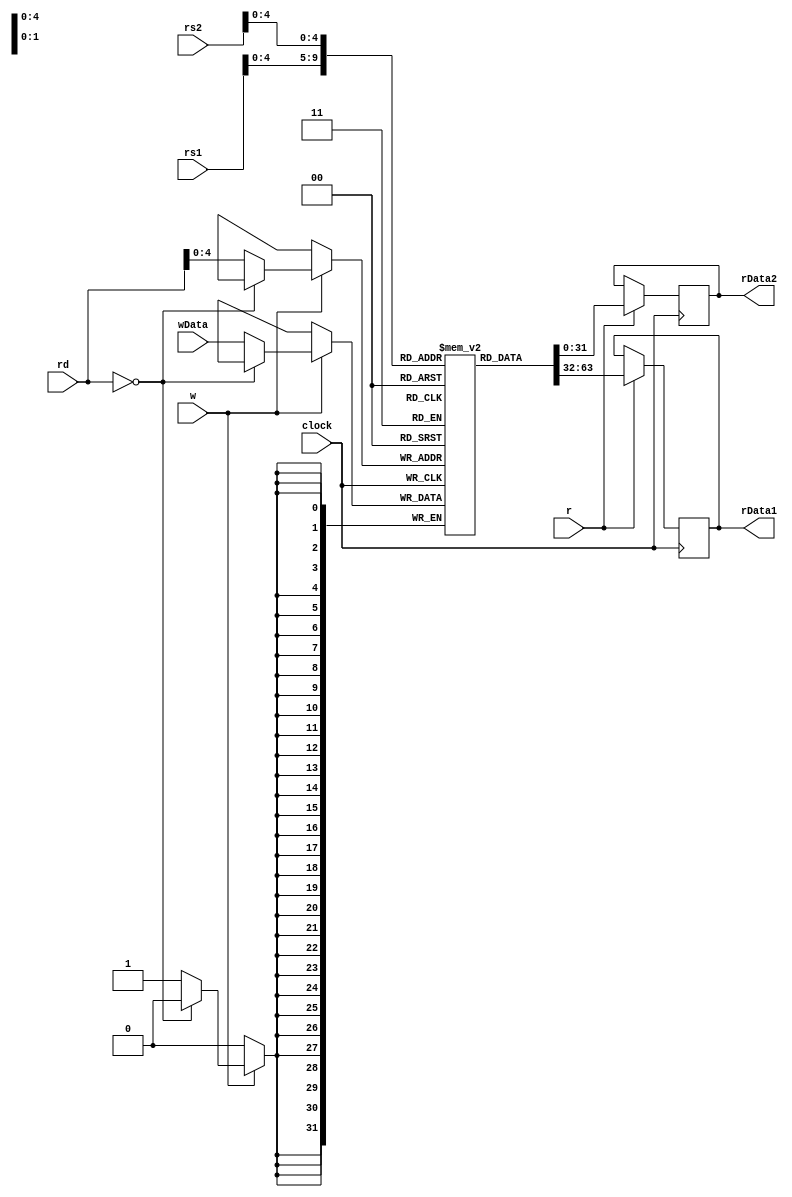
`timescale 1ns / 1ps
//////////////////////////////////////////////////////////////////////////////////
// Company: 
// Engineer: 
// 
// Design Name: 
// Module Name: RegisterFile
// Project Name: 
// Target Devices: 
// Tool Versions: 
// Description: 
// 
// Dependencies: 
// 
// Revision:
// Revision 0.01 - File Created
// Additional Comments:
// 
//////////////////////////////////////////////////////////////////////////////////


module RegisterFile #(parameter Width=32,NoOfRegisters=32)(
    output reg [Width-1:0]rData1, // read data from source 1
    output reg [Width-1:0]rData2, //read data from source 2
    input [5:0] rs1, //register source 1
    input [5:0] rs2, //register source 2
    input [5:0] rd, //register destination 
    input w, //register write control 
    input r, //register read contorl 
    input [Width-1:0]wData, //write data 
    input clock //clock input 
    );
    
    reg [Width-1:0] registers [NoOfRegisters-1:0];
    initial 
        registers[0] = 0;
    
    //Writes on the first half of clock
    always @(posedge clock)
    begin     
            if(w) begin
                if(rd == 0)
                    begin                        
                    end
                else  
                  registers[rd] <= wData;   
            end                        
    end
    
    //Reads on the second half of clock
    always @(negedge clock)
    begin
        if(r)
            begin
                rData1 <= registers[rs1];
                rData2 <= registers[rs2];
            end
    end
    
    
endmodule